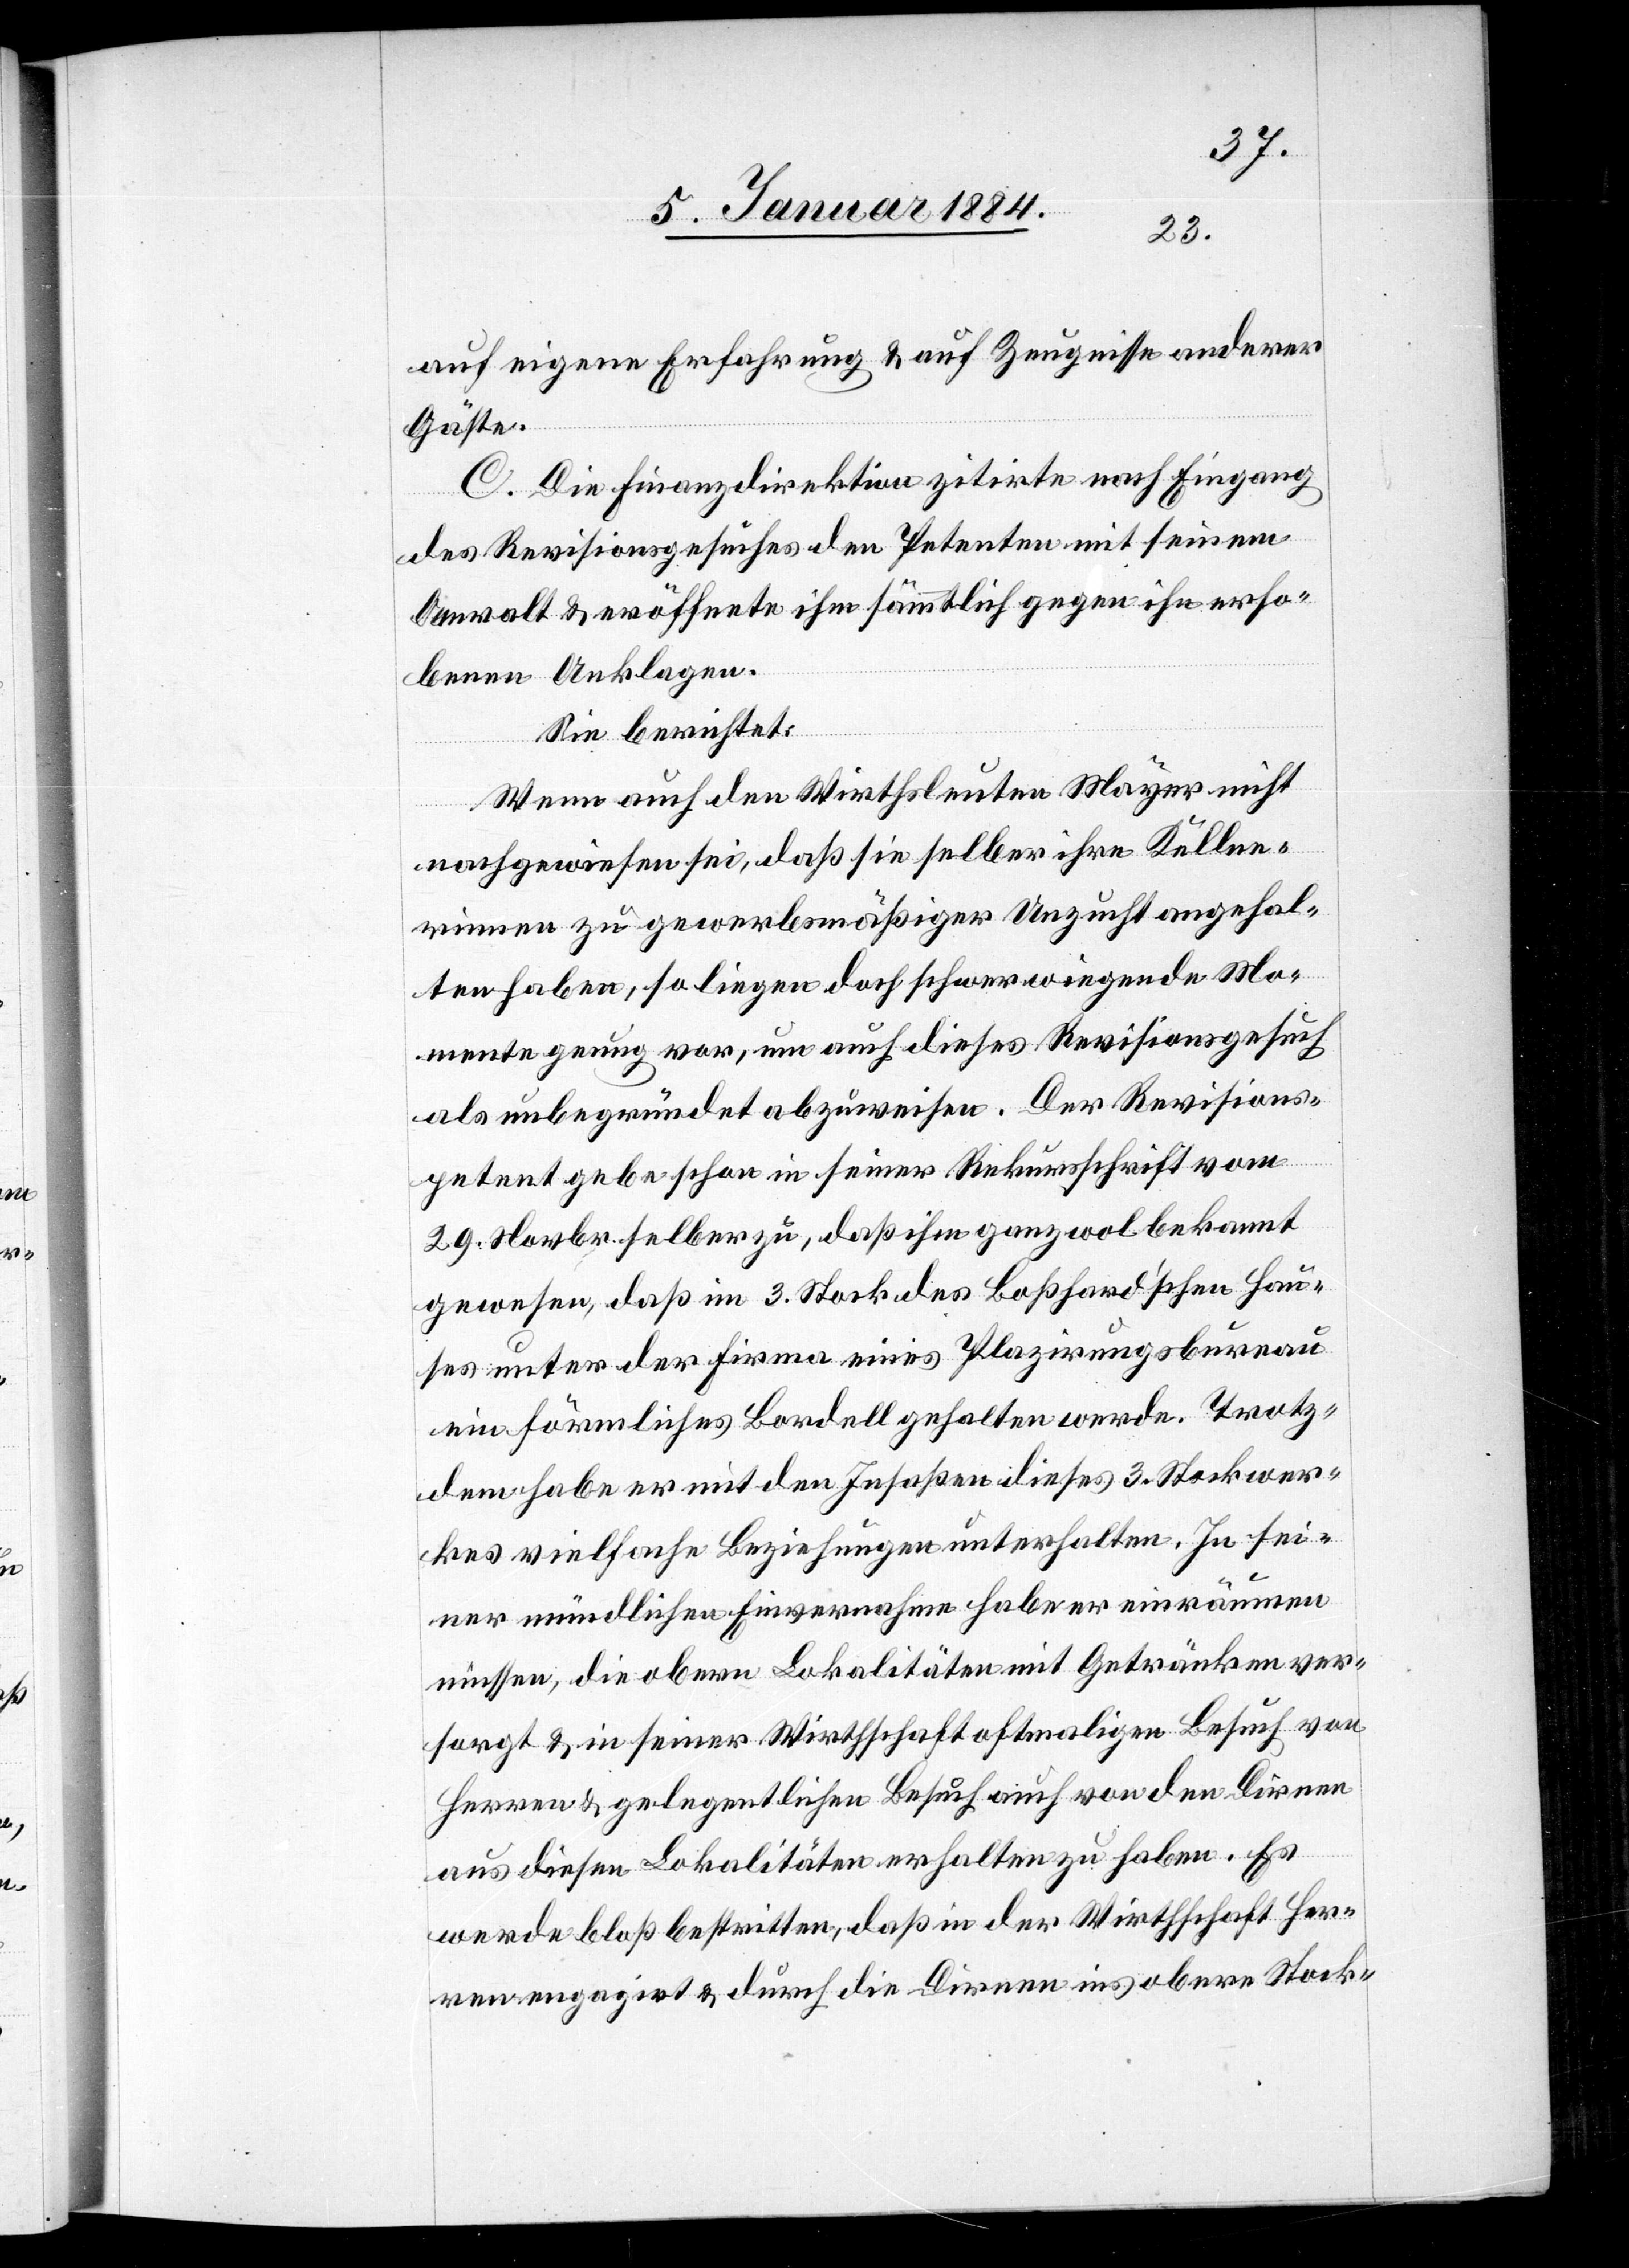
auf eigene Erfahrung & auf Zeugnisse anderer
Gäste.
C. Die Finanzdirektion zitirte nach Eingang
des Revisionsgesuches den Petenten mit seinem
Anwalt & eröffnete ihm sämmtliche gegen ihn erho¬
benen Anklagen.
Sie berichtet:
Wenn auch den Wirthsleuten Mayer nicht
nachgewiesen sei, daß sie selber ihre Kellne¬
rinnen zu gewerbsmäßiger Unzucht angehal¬
ten haben, so liegen doch schwerwiegende Mo¬
mente genug vor, um auch dieses Revisionsgesuch
als unbegründet abzuweisen. Der Revisions¬
petent gebe schon in seiner Rekursschrift vom
29. Novbr. selber zu, daß ihm ganz wol bekannt
gewesen, daß im 3. Stock des Boßhard’schen Hau¬
ses unter der Firma eines Plazirungsbureau
ein förmliches Bordell gehalten werde. Trotz¬
dem habe er mit den Insaßen dieses 3. Stockwer¬
kes vielfache Beziehung unterhalten. In sei¬
ner mündlichen Einvernahme habe er einräumen
müssen, die oberen Lokalitäten mit Getränken ver¬
sorgt & in seiner Wirthschaft oftmaligen Besuch von
Herren & gelegentlichen Besuch auch von den Dirnen
aus diesen Lokalitäten erhalten zu haben. Es
werde bloß bestritten, daß in der Wirthschaft Her¬
ren engagirt & durch die Dirnen ins obere Stock-